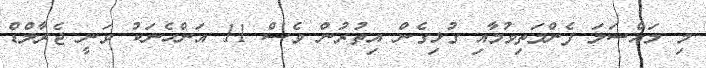
މި މައްސަލަ ފެންމަތިވުމާއި ގުޅިގެން އިތުރުން ވެސް 11 އަންހެނަކު ވަނީ ޖެރާލްޑް